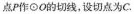
点P作\odot O的切线，设切点为C.